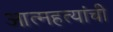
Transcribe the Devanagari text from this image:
आत्महत्यांची